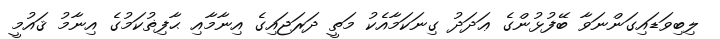
ލިބިވަޑައިގަންނަވާ ބޭފުޅުންގެ ޢަދަދު ގިނަކަމާއެކު މަތީ ދަރަޖައިގެ އިނާމާއި ޙާފިޡުކަމުގެ އިނާމު ޤައުމީ